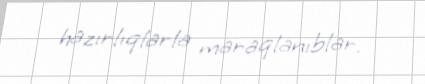
hazırlıqlarla maraqlanıblar.